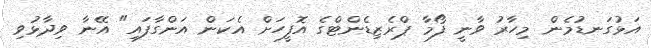
އަޅުގަނޑުމެން މިހާރު ވާނީ ފޯމާ ޕްރެޒިޑެންޓްގެ އޮފީހަށް އެކަން އަންގާފައި" އޭނާ ވިދާޅުވި